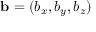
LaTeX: \mathbf { b } = ( b _ { x } , b _ { y } , b _ { z } )